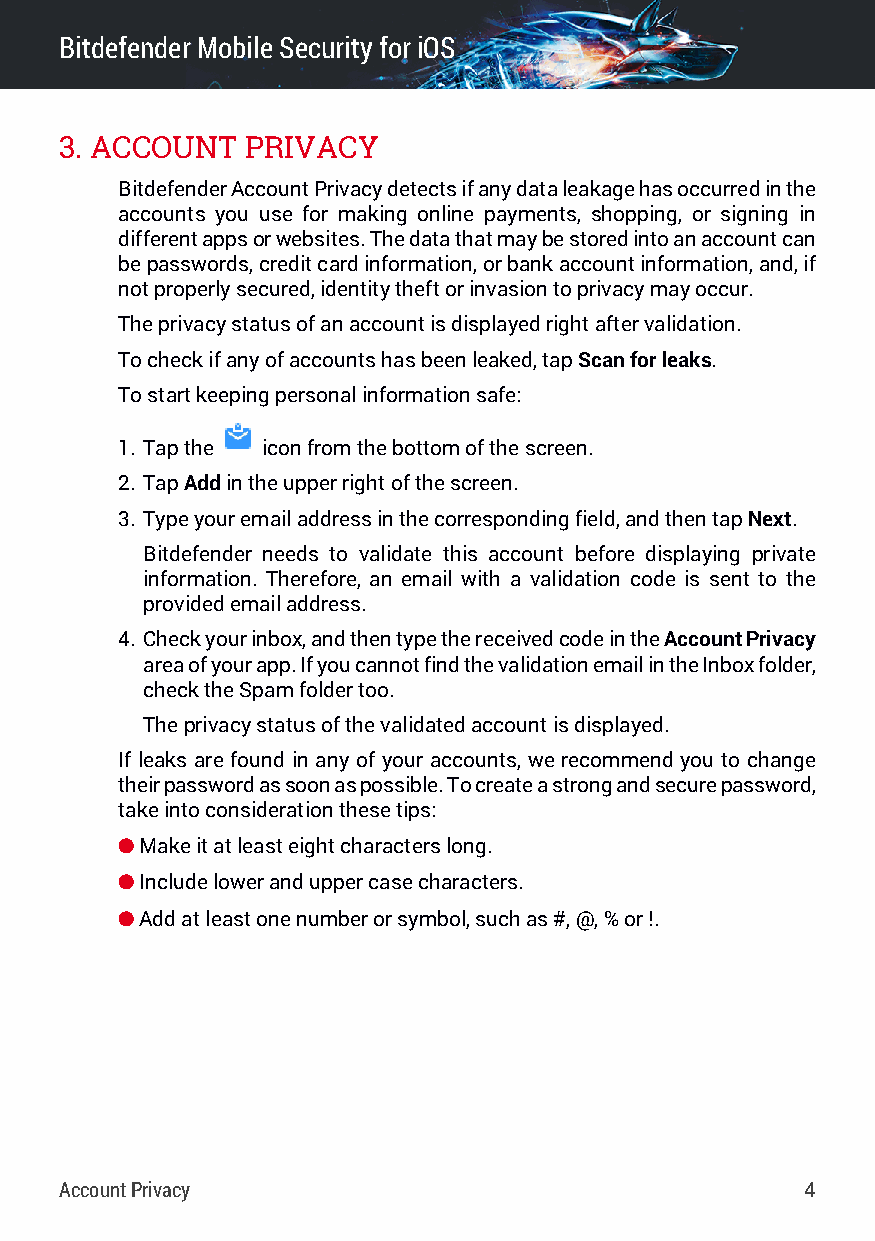
BitdefenderMobileSecurityfor iOS
 3. ACCOUNT  PRIVACY
 BitdefenderAccountPrivacydetectsifanydataleakagehasoccurredinthe
 accounts you use for making online payments, shopping, or signing in
 differentappsorwebsites.Thedatathatmaybestoredintoanaccountcan
 bepasswords,creditcardinformation,orbankaccountinformation,and,if
 notproperlysecured,identitytheftorinvasiontoprivacymayoccur.
 Theprivacystatusofanaccountisdisplayedrightaftervalidation.
 Tocheckifanyofaccountshasbeenleaked,tapScanforleaks.
 Tostartkeepingpersonalinformationsafe:
 1. Tapthe iconfromthebottomofthescreen.
 2. TapAddintheupperrightofthescreen.
 3. Typeyouremailaddressinthecorrespondingfield,andthentapNext.
 Bitdefender needs to validate this account before displaying private
 information. Therefore, an email with a validation code is sent to the
 providedemailaddress.
 4. Checkyourinbox,andthentypethereceivedcodeintheAccountPrivacy
 areaofyourapp.IfyoucannotfindthevalidationemailintheInboxfolder,
 checktheSpamfoldertoo.
 Theprivacystatusofthevalidatedaccountisdisplayed.
 If leaks are found in any of your accounts, we recommend you to change
 theirpasswordassoonaspossible.Tocreateastrongandsecurepassword,
 takeintoconsiderationthesetips:
 ● Makeitatleasteightcharacterslong.
 ● Includeloweranduppercasecharacters.
 ● Addatleastonenumberorsymbol,suchas#,@,%or!.
 AccountPrivacy                                   4